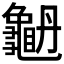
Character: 𪚫